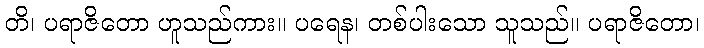
တိ၊ ပရာဇိတော ဟူသည်ကား။ ပရေန၊ တစ်ပါးသော သူသည်။ ပရာဇိတော၊